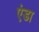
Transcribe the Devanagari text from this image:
एंडा